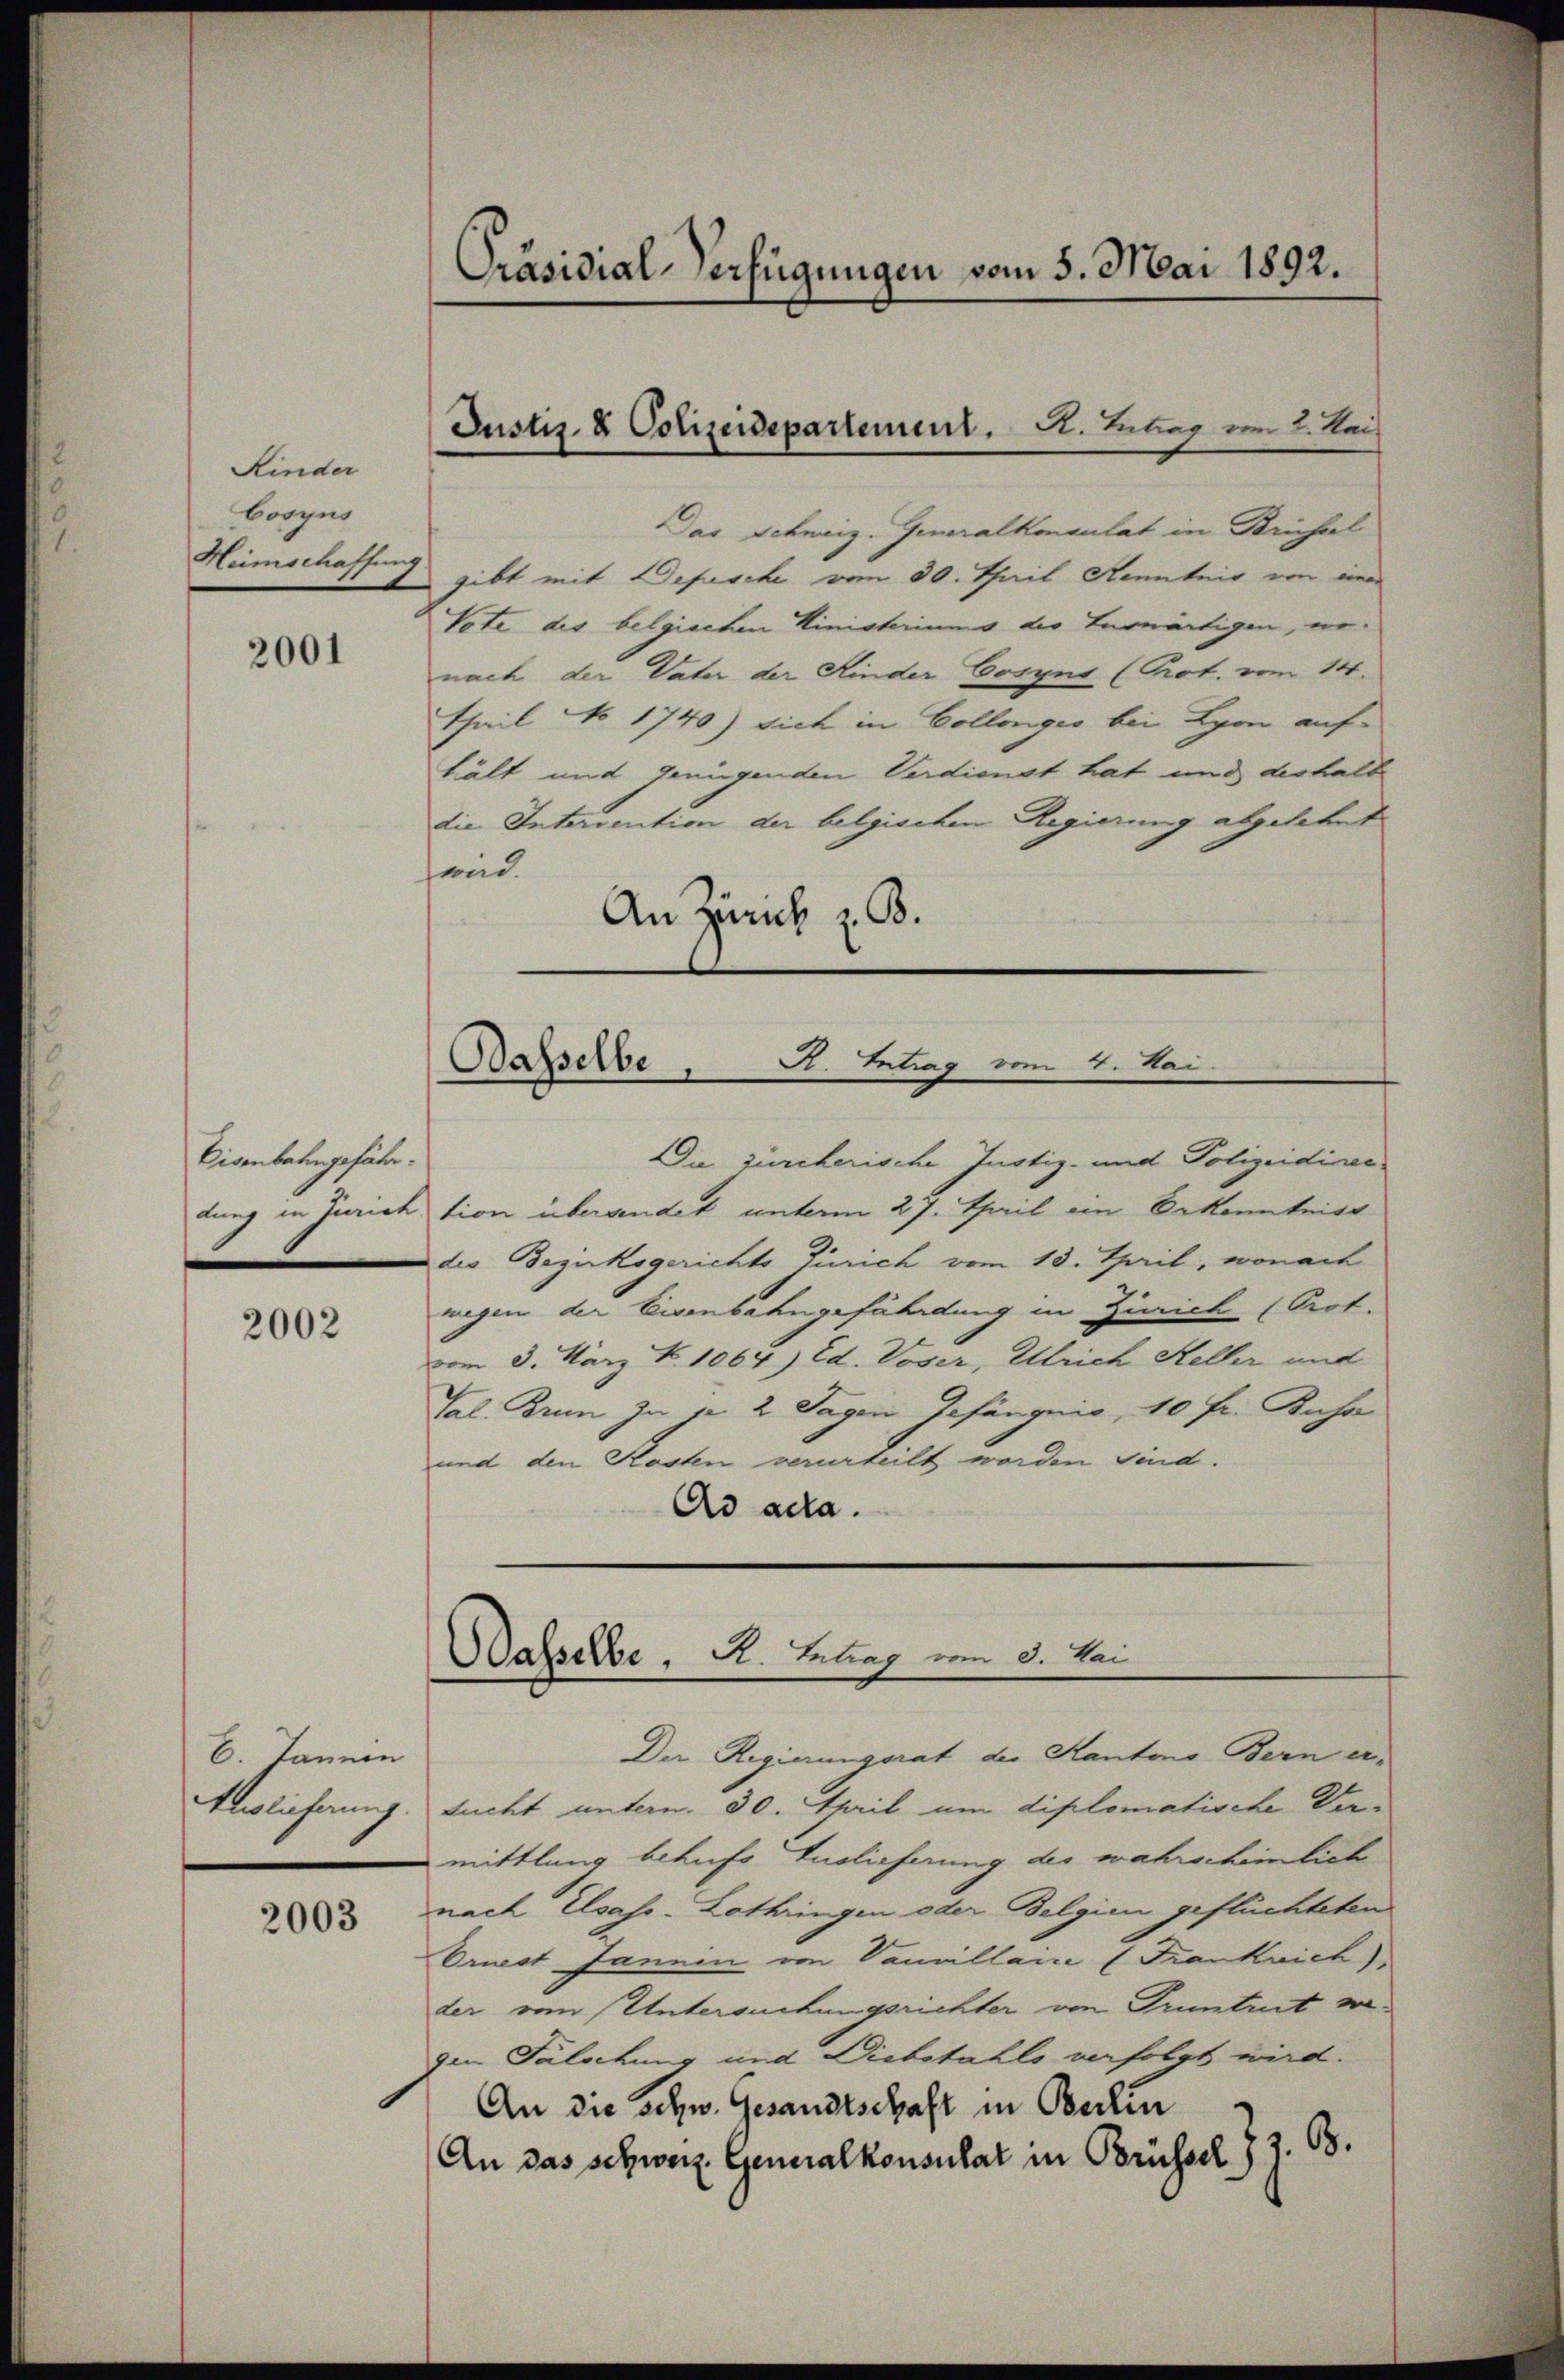
Kinder
Cosyns

2001

Eisenbahngefähr¬

2002

6. Jannen
Aleglicherung.

2003

Präsidial-Verfügungen vom 5. Mai 1892.

Das Schweiz. Generalkonsulat in Brieferl
Hümschaffung gibt mit Depesche vom 30. Thail Kenntnis von einer
Vote des belgischen Ministeriums der herwärtigen, wonach der Vater der Kinder Cosyns (Prot. vom 14.
Thail No 1740) sich in Collenges bei Lyon auf
hält mit genügenden Verdienst hat und deshalb
die Interrention der belgischen Regierung abgelehnt
wird.
An Zürich z. B.

Justiz & Polizeidepartement. A. Antrag vom 2. Kai

Basselbe, S. Betrag vom 4. Mai.

Wasselbe, A. Betrag vom 8. Mai

Die zürcherische Justiz- und Polizeidiren
dung in Jurichtion übergendet unterm 27. April ein Erkenntniss
die Bezirksgerichts Zürich vom 13. Taril, worauf
wegen der Eisenbahngefährdung in Zürich (Prot.
vom 3. März Z. 1064) Ed. Voser, Ulrich Heller und
Tal. Brun zu 1 2 Tagen Gefängnis, 10 Fr. Kusa
und den Kosten verurteilt worden sind.
Ad acta.

Der Regierungsrat der Kantons Bern er-
sucht unterm 30. April um diplomatische Darmittlung behufs Auslieferung des wahrscheinlich
nach Elsass-Lothringen oder Belgien geflüchteten
Ornest Jannin von Vanillain (Frankrich),
der von Untersuchungsrichter von Truntrut wegen Fälschung und Diebstahls verfolgt wird.
An die schw. Gesandtschaft in Berlin
An das schweiz. Generalkonsulat in Brüssel 72. B.